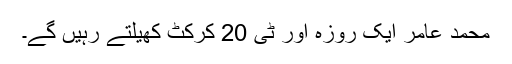
محمد عامر ایک روزہ اور ٹی 20 کرکٹ کھیلتے رہیں گے۔